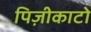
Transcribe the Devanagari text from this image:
पिज़ीकाटो